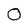
Character: 0